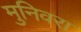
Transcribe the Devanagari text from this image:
मुनिवरा